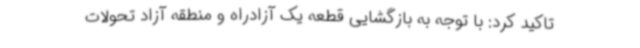
تاکید کرد: با توجه به بازگشایی قطعه یک آزادراه و منطقه آزاد تحولات